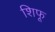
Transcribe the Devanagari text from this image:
शिफू